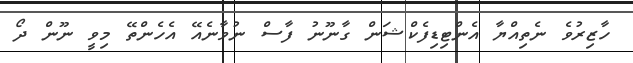
ހާޒިރުވެ ނެތިއްޔާ އެންޓިޑިފެކްޝަން ގާނޫނު ފާސް ނުވާނެއޭ އެހެންތޭ މިވީ ނޫން ދޯ